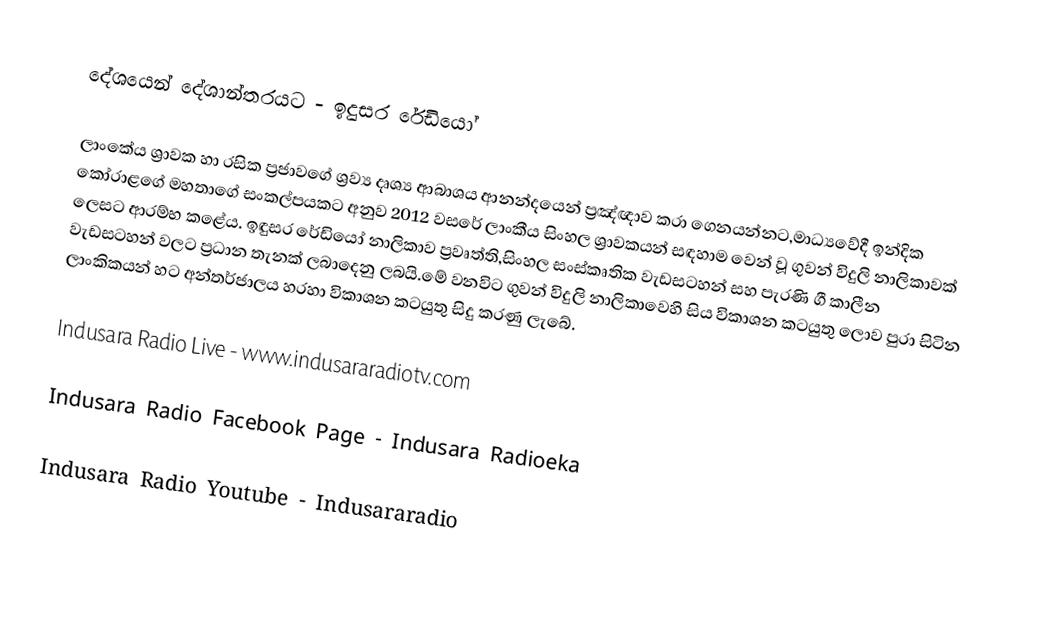
දේශයෙන් දේශාන්තරයට - ඉදුසර රේඩියෝ

ලාංකේය ශ්‍රාවක හා රසික ප්‍රජාවගේ ශ්‍රව්‍ය දෘශ්‍ය ආබාශය ආනන්දයෙන් ප්‍රඤ්ඥාව කරා ගෙනයන්නට,මාධ්‍යවේදී ඉන්දික කෝරාළගේ මහතාගේ සංකල්පයකට අනුව 2012 වසරේ ලාංකීය සිංහල ශ්‍රාවකයන් සඳහාම වෙන් වූ ගුවන් විදුලි නාලිකාවක් ලෙසට ආරම්භ කළේය. ඉඳුසර රේඩියෝ නාලිකාව ප්‍රවෘත්ති,සිංහල සංස්කෘතික වැඩසටහන් සහ පැරණි ගී කාලීන වැඩසටහන් වලට ප්‍රධාන තැනක් ලබාදෙනු ලබයි.මේ වනවිට ගුවන් විදුලි නාලිකාවෙහි සිය විකාශන කටයුතු ලොව පුරා සිටින ලාංකිකයන් හට අන්තර්ජාලය හරහා විකාශන කටයුතු සිදු කරණු ලැබේ.

Indusara Radio Live -  www.indusararadiotv.com

Indusara Radio Facebook Page - Indusara Radioeka

Indusara Radio Youtube - Indusararadio